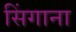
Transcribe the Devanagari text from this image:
सिंगाना